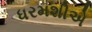
ધરમશીએ